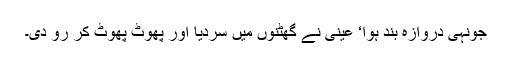
جونہی دروازہ بند ہوا‘ عینی نے گھٹنوں میں سردیا اور پھوٹ پھوٹ کر رو دی۔